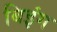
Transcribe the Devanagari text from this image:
बिइंग